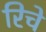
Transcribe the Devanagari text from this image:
रिचे